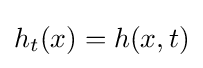
h_{t}(x)=h(x,t)